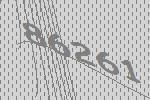
86261